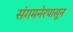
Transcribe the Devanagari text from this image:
संगमनेरपासून